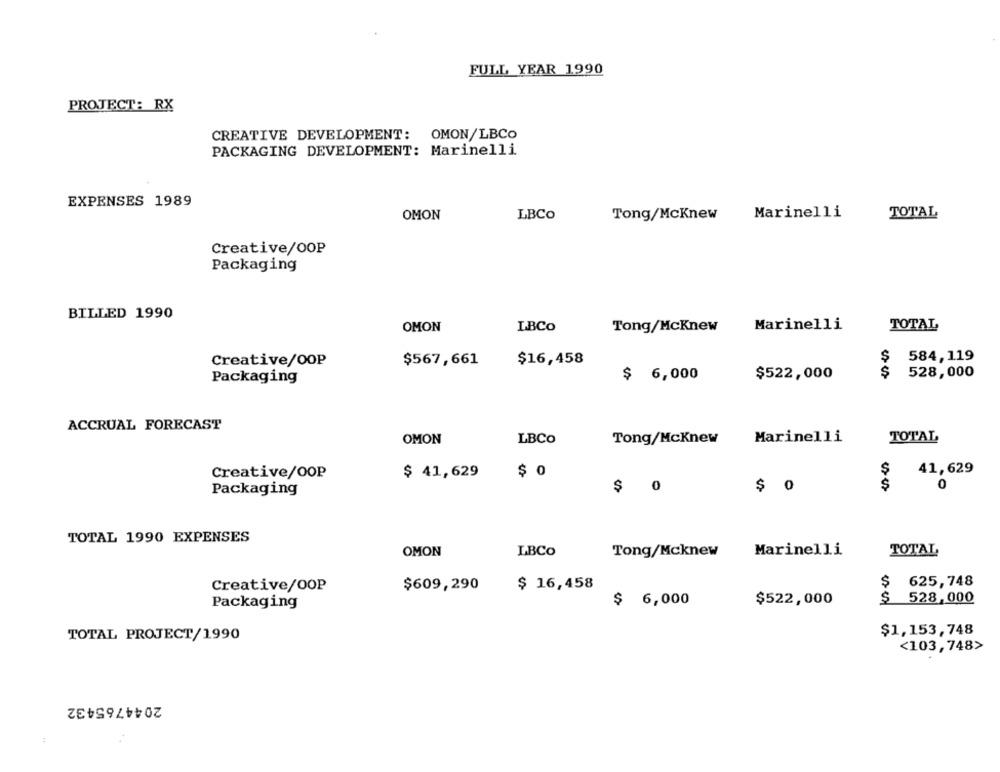
FULL YEAR 1990
PROJECT: RX
CREATIVE DEVELOPMENT: OMON/LBCO
PACKAGING DEVELOPMENT: Marinelli
EXPENSES 1989
OMON
LBCo
Tong/McKnew
Marinelli
TOTAL
Creative/OOP
Packaging
BILLED 1990
OMON
LBCo
Tong/McKnew
Marinelli
TOTAL
584,119
Creative/OOP
$567,661
$16,458
S
$ 6,000
$522,000
S
528,000
Packaging
ACCRUAL FORECAST
OMON
LBCO
Tong/McKnew
Marinelli
TOTAL
$ 0
$
41,629
Creative/OOP
$ 41,629
0
Packaging
$ 0
$ 0
TOTAL 1990 EXPENSES
OMON
LBCo
Tong/Mcknew
Marinelli
TOTAL
Creative/OOP
$609,290
$ 16,458
$
625,748
$ 6,000
$522,000
$
528,000
Packaging
$1,153,748
TOTAL PROJECT/1990
<103, 748>
2044765432